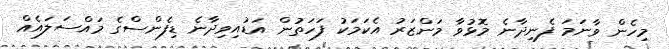
މިހެން ވާނަމަ ފެނިދާނެ މޮޅުވާ މަންޒަރު އެކަމަކު ފަހަތުން އަޑުއިވިދާނެ ޑިފެންސްގެ މައްސަލައެއް